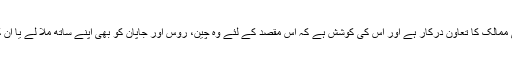
اہم عالمی پالیسی ایشوز پر امریکہ کو یورپی ممالک کا تعاون درکار ہے اور اس کی کوشش ہے کہ اس مقصد کے لئے وہ چین، روس اور جاپان کو بھی اپنے ساتھ ملا لے یا ان کی طرف سے مخالفت کوغیر مؤثر کر دے۔